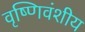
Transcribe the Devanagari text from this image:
वृष्णिवंशीय